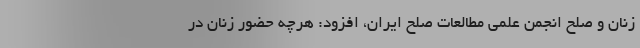
زنان و صلح انجمن علمی مطالعات صلح ایران، افزود: هرچه حضور زنان در